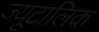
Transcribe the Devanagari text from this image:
ज्यूटालिक